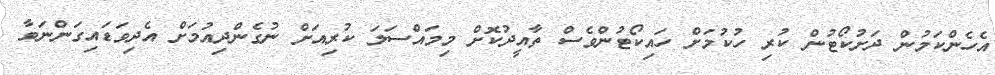
އެހެންކަމުން ދަށުކޯޓުން ކުރި ހުކުމަށް ހައިކޯޓުންވެސް ތާއީދުކޮށް މިމައްސަލަ ކުރިއަށް ނުގެންދިއުމަށް އެދިވަޑައިގަންނަވާ